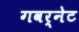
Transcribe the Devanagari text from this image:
गवर्नेट